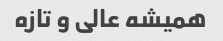
همیشه عالی و‌ تازه